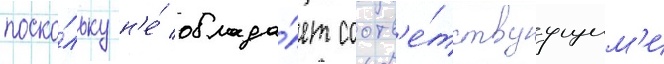
поско́льку н'е́ облада́ет соотв'е́тствуущим'и